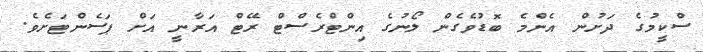
ސްކީމުގެ ދަށުން އެންމެ ބޮޑުވެގެން ލޯނުގެ އިންޓްރެސްޓް ރޭޓް އަރާނީ އަށް ޕަސެންޓަށެވެ.